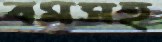
বমসহ